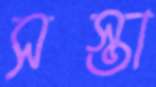
সস্তা